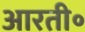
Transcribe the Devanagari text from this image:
आरती॰